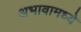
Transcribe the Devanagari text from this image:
अभावामध्ये